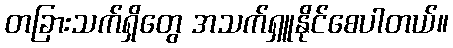
တခြားသက်ရှိတွေ အသက်ရှူနိုင်စေပါတယ်။